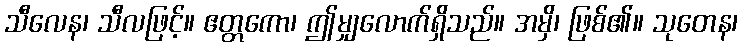
သီလေန၊ သီလဖြင့်။ ဧတ္တကော၊ ဤမျှလောက်ရှိသည်။ အမှိ၊ ဖြစ်၏။ သုတေန၊